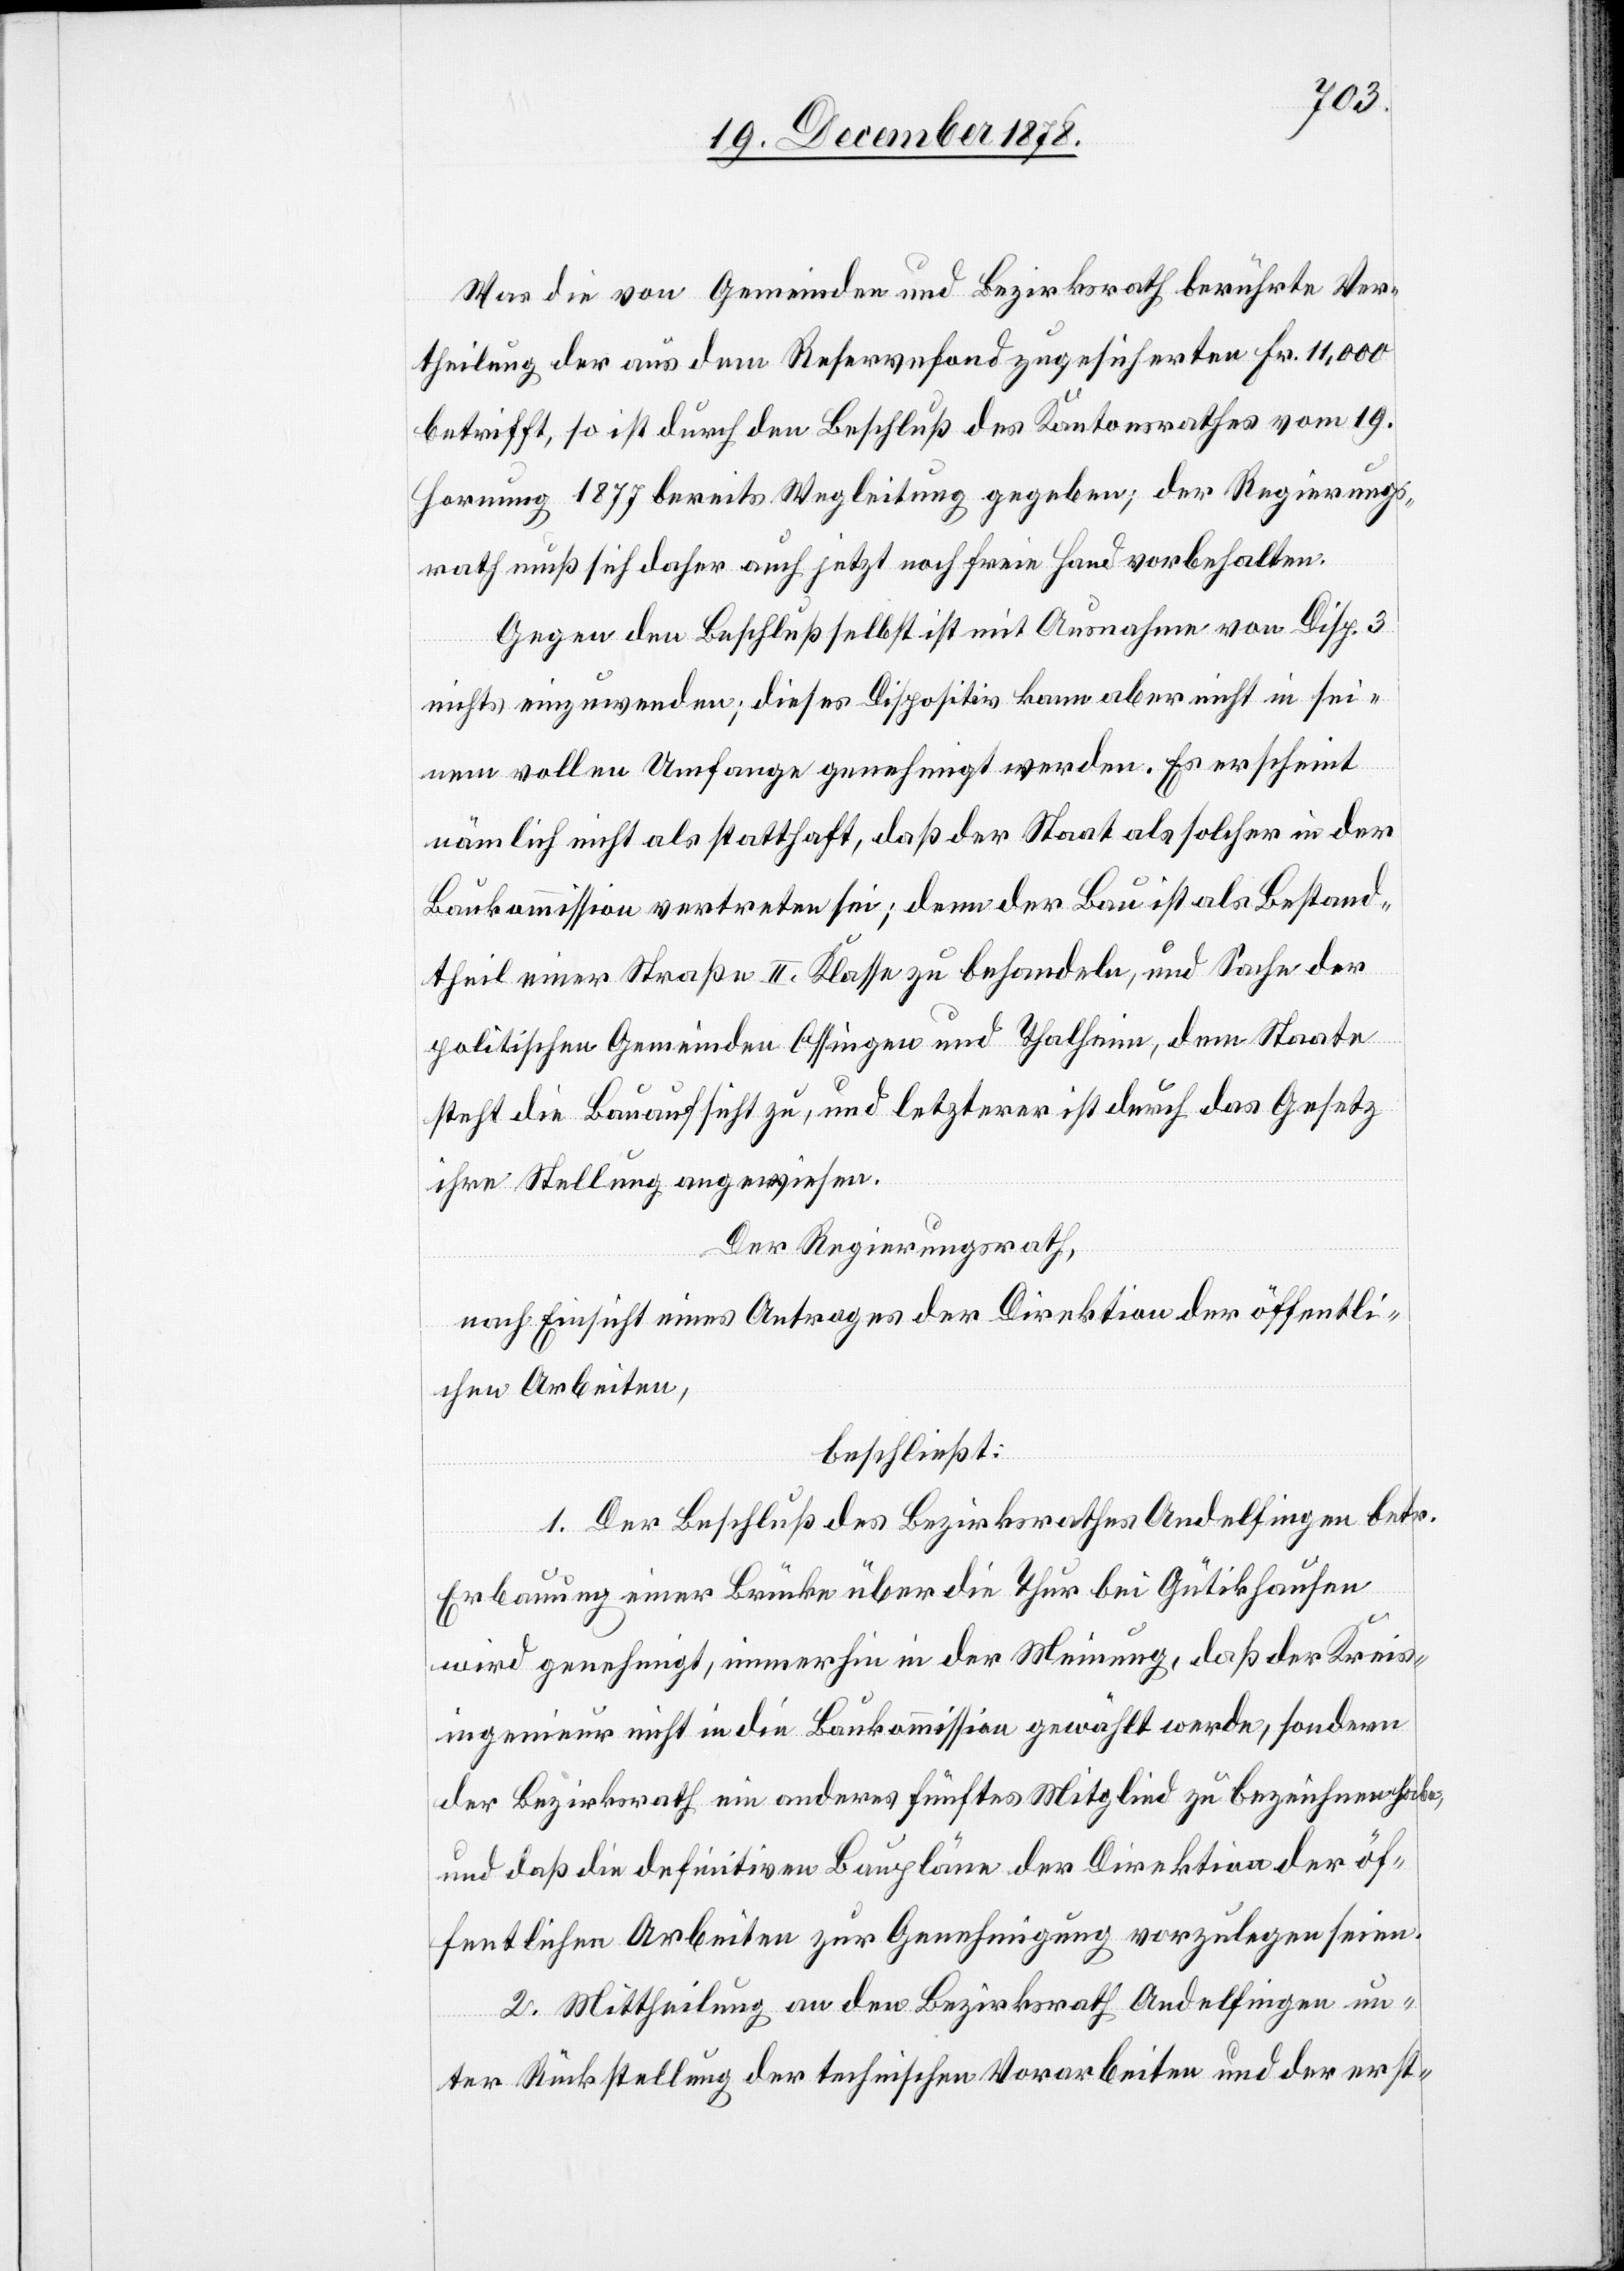
Was die von Gemeinden und Bezirksrath berührte Ver¬
theilung der aus dem Reservefond zugesicherten Fr. 11,000
betrifft, so ist durch den Beschluß des Kantonsrathes vom 19.
Hornung 1877 bereits Wegleitung gegeben; der Regierungs¬
rath muß sich daher auch jetzt noch freie Hand vorbehalten.
Gegen den Beschluß selbst ist mit Ausnahme von Disp. 3
nichts einzuwenden; dieses Dispositiv kann aber nicht in sei¬
nem vollen Umfange genehmigt werden. Es erscheint
nämlich nicht als statthaft, daß der Staat als solcher in der
Baukommission vertreten sei; denn der Bau ist als Bestand¬
theil einer Straße II. Klasse zu behandeln, und Sache der
politischen Gemeinden Ossingen und Thalheim, dem Staate
steht die Bauaufsicht zu, und letzterer ist durch das Gesetz
ihre Stellung angewiesen.
Der Regierungsrath,
nach Einsicht eines Antrages der Direktion der öffentli¬
chen Arbeiten,
beschließt:
1. Der Beschluß des Bezirksrathes Andelfingen betr.
Erbauung einer Brücke über die Thur bei Gütikhausen
wird genehmigt, immerhin in der Meinung, daß der Kreis¬
ingenieur nicht in die Baukommission gewählt werde, sondern
der Bezirksrath ein anderes fünftes Mitglied zu bezeichnen habe,
und daß die definitiven Baupläne der Direktion der öf¬
fentlichen Arbeiten zur Genehmigung vorzulegen seien.
2. Mittheilung an den Bezirksrath Andelfingen un¬
ter Rückstellung der technischen Vorarbeiten und der erst-